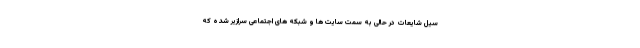
سیل شایعات در حالی به سمت سایت ها و شبکه های اجتماعی سرازیر شده که